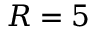
R = 5